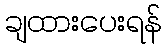
ချထားပေးရန်